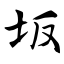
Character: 坂